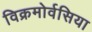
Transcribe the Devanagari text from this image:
विक्रमोर्वसिया